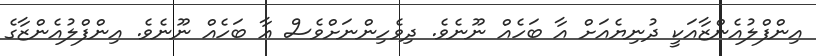
އިންފްލުއެންޒާއަކީ ދުނިޔެއަށް އާ ބަހެއް ނޫނެވެ. ދިވެހިންނަށްވެސް އާ ބަހެއް ނޫނެވެ. އިންފްލުއެންޒާގެ